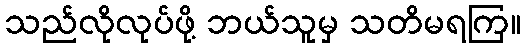
သည်လိုလုပ်ဖို့ ဘယ်သူမှ သတိမရကြ။